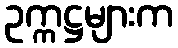
ဥက္ကဋ္ဌများက